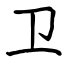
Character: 卫